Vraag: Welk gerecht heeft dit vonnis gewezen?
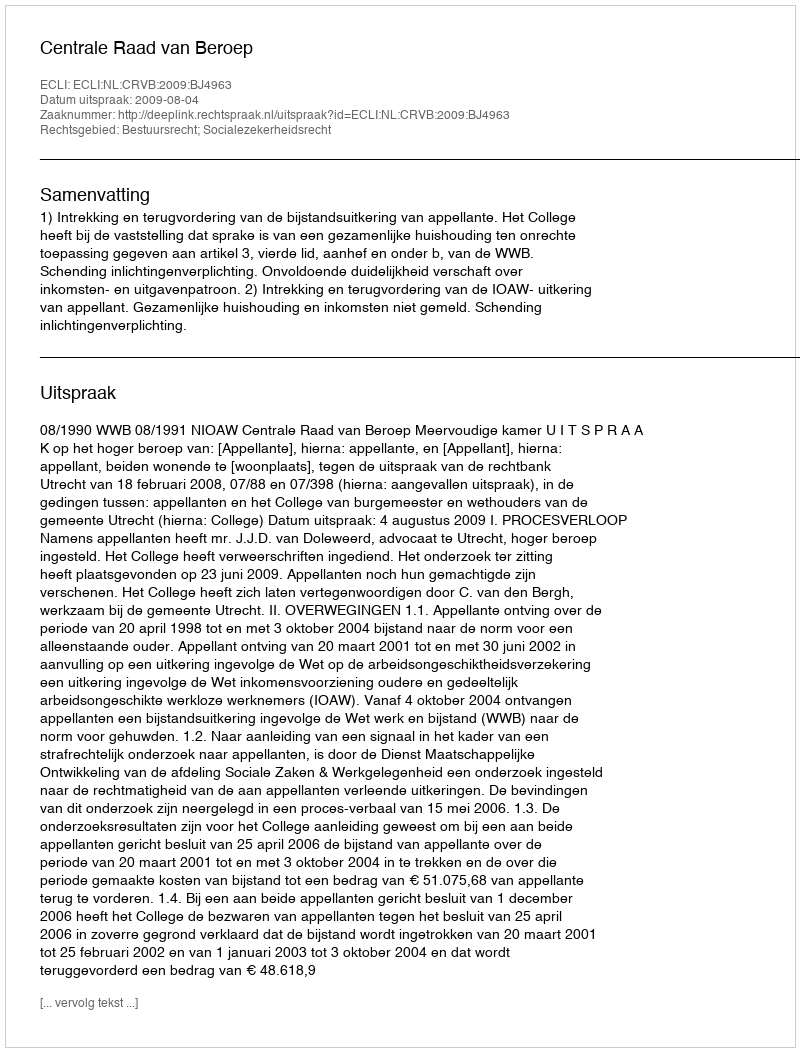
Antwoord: Centrale Raad van Beroep